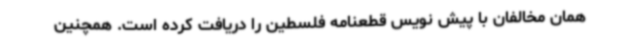
همان مخالفان با پیش نویس قطعنامه فلسطین را دریافت کرده است. همچنین